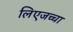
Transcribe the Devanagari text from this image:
लिएजच्चा